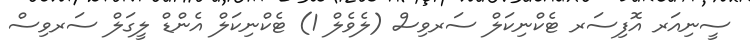
ސީނިއަރ އޮފިސަރ ޓެކްނިކަލް ސަރވިސް (ލެވެލް 1) ޓެކްނިކަލް އެންޑް ލީގަލް ސަރވިސް